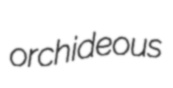
orchideous